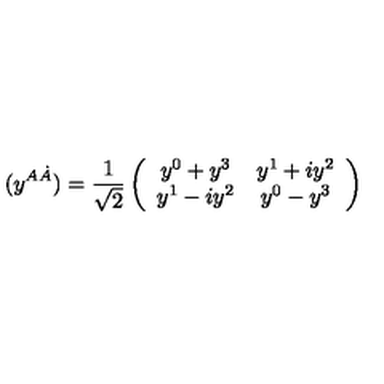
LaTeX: ( y ^ { A \dot { A } } ) = { \frac { 1 } { \sqrt { 2 } } } \left( \begin{array} { c c } { y ^ { 0 } + y ^ { 3 } } & { y ^ { 1 } + i y ^ { 2 } } \\ { y ^ { 1 } - i y ^ { 2 } } & { y ^ { 0 } - y ^ { 3 } } \\ \end{array} \right)